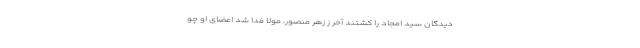
دیدگان سید امجاد را کشتند آخر ز زهر منصور، مولا فدا شد اعضاى او چو